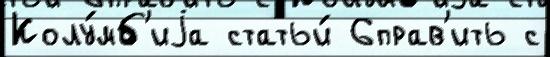
Колу́мб'иjа статьи́ 6прав'ить с